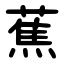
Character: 蕉